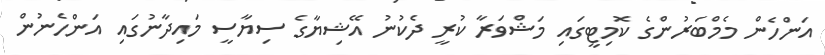
އަންހެން މެމްބަރުންގެ ކޮމިޓީގައި މަޝްވަރާ ކުރީ ދެކުނު އޭޝިޔާގެ ސިޔާސީ މައިދާނުގައި އަންހެނުން